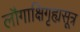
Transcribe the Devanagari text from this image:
लौगाक्षिगृह्यसूत्र